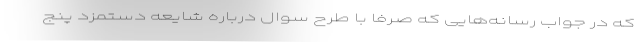
که در جواب رسانه‌هایی که صرفاً با طرح سوال درباره شایعه دستمزد پنج